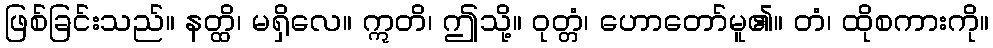
ဖြစ်ခြင်းသည်။ နတ္ထိ၊ မရှိလေ။ ဣတိ၊ ဤသို့။ ဝုတ္တံ၊ ဟောတော်မူ၏။ တံ၊ ထိုစကားကို။